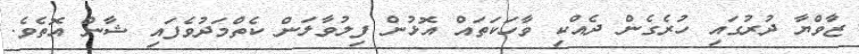
ޒާވްޔާ ދުރުގައި ހުރެގެން ދެއްކި ވާހަކަތައް އޮޅުން ފިލުވާލަން ކެތްމަދުވެފައި ޝާން އޮތެވެ.